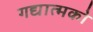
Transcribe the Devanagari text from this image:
गद्यात्‍मको